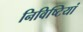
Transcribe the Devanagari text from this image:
निविष्टियां